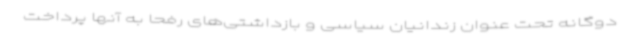
دوگانه تحت عنوان زندانیان سیاسی و بازداشتی‌های رفحا به آنها پرداخت